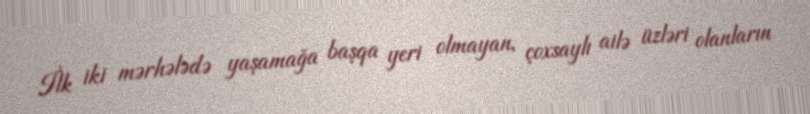
İlk iki mərhələdə yaşamağa başqa yeri olmayan, çoxsaylı ailə üzləri olanların